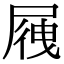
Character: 𡲕